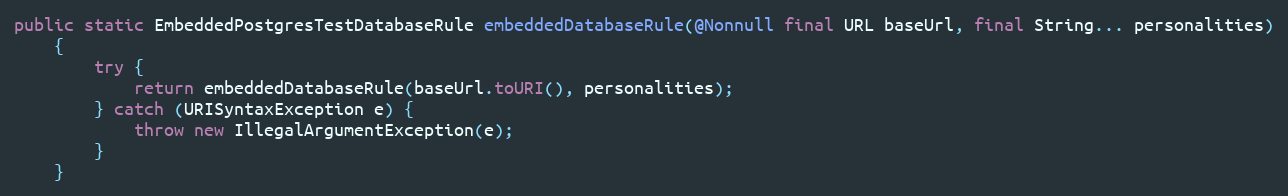
Language: Java
public static EmbeddedPostgresTestDatabaseRule embeddedDatabaseRule(@Nonnull final URL baseUrl, final String... personalities)
    {
        try {
            return embeddedDatabaseRule(baseUrl.toURI(), personalities);
        } catch (URISyntaxException e) {
            throw new IllegalArgumentException(e);
        }
    }